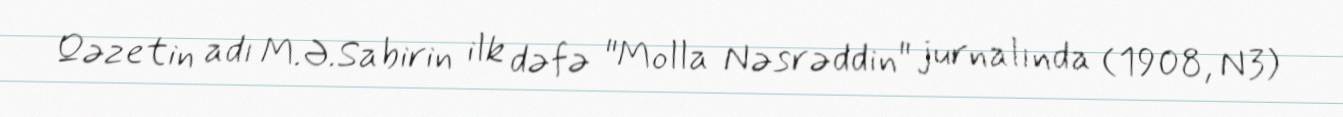
Qəzetin adı M.Ə.Sabirin ilk dəfə "Molla Nəsrəddin" jurnalında (1908, N3)